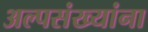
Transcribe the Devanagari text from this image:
अल्पसंख्यांना